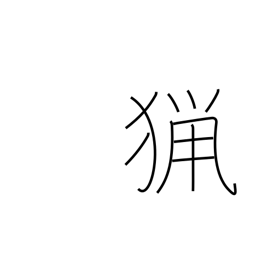
Meaning: shooting